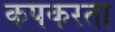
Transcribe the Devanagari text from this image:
कपकरता